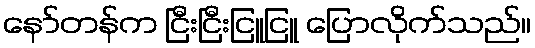
နော်တန်က ငြီးငြီးငြူငြူ ပြောလိုက်သည်။